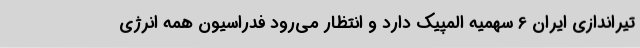
تیراندازی ایران 6 سهمیه المپیک دارد و انتظار می‌رود فدراسیون همه انرژی